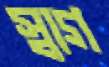
স্বাগ